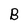
Character: B